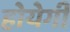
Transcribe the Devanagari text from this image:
होयेगी